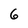
Character: 6